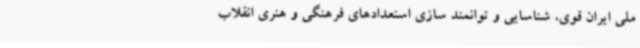
ملی ایران قوی، شناسایی و توانمند سازی استعدادهای فرهنگی و هنری انقلاب